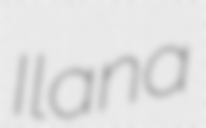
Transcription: Ilana